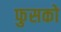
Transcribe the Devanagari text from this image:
फुसको